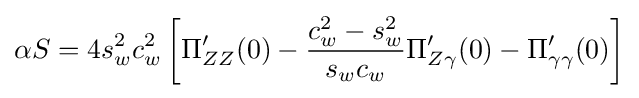
\alpha S=4s_{w}^{2}c_{w}^{2}\left[\Pi _{ZZ}^{\prime }(0)-{\frac {c_{w}^{2}-s_{w}^{2}}{s_{w}c_{w}}}\Pi _{Z\gamma }^{\prime }(0)-\Pi _{\gamma \gamma }^{\prime }(0)\right]